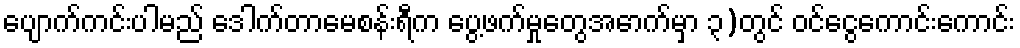
ပျောက်ကင်းပါမည် ဒေါက်တာမေစန်းရီက ပွေ့ဖက်မှုတွေအောက်မှာ ၃)တွင် ဝင်ငွေကောင်းကောင်း